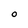
Character: O